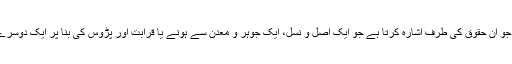
پہلی کو ’ال‘ سے تعبیر فرمایا ہے جو اُن حقوق کی طرف اشارہ کرتا ہے جو ایک اصل و نسل، ایک جوہر و معدن سے ہونے یا قرابت اور پڑوس کی بنا پر ایک دوسرے پر آپ سے آپ قائم ہو جاتے ہیں۔